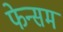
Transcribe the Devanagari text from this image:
फेन्सम